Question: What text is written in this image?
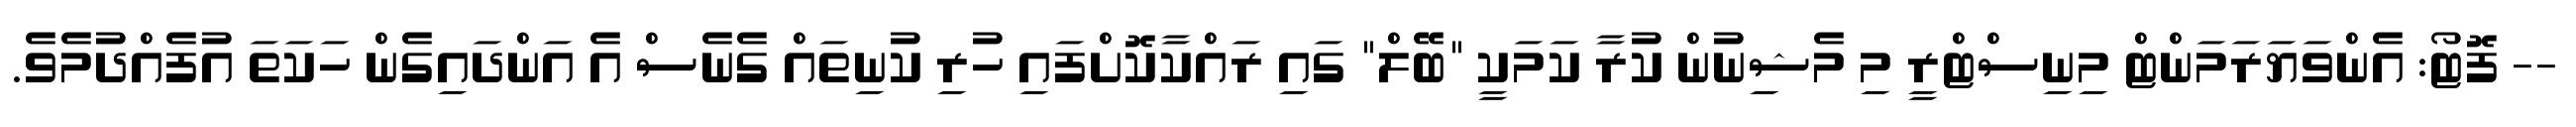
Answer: -- ފޮޓޯ: އެންވަޔަރަމަންޓް މިނިސްޓްރީ މި މެޝިނުން ކުރާ ކަމަކީ "ބޭލް" ގައި ރައްކާކޮށްފައި ހުރި ކުނިތައް ގެނެސް އެ އަންދައިގެން ހަކަތަ އުފެއްދުމެވެ.